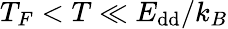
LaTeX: T_{F}<T\ll E_{\mathrm{dd}}/k_{B}